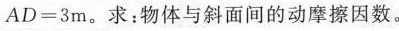
$$AD=3$$m。求：物体与斜面间的动摩擦因数。